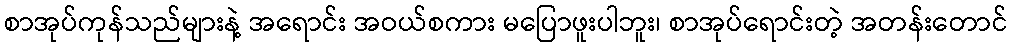
စာအုပ်ကုန်သည်များနဲ့ အရောင်း အဝယ်စကား မပြောဖူးပါဘူး၊ စာအုပ်ရောင်းတဲ့ အတန်းတောင်